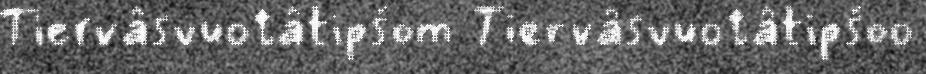
Tiervâsvuotâtipšom Tiervâsvuotâtipšoo